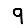
Digit: 9